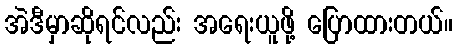
အဲဒီမှာဆိုရင်လည်း အရေးယူဖို့ ပြောထားတယ်။